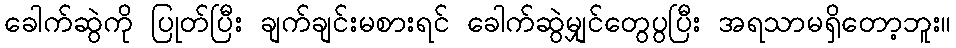
ခေါက်ဆွဲကို ပြုတ်ပြီး ချက်ချင်းမစားရင် ခေါက်ဆွဲမျှင်တွေပွပြီး အရသာမရှိတော့ဘူး။